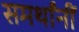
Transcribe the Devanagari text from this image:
समर्थांनीं